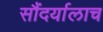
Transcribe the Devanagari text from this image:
सौंदर्यालाच